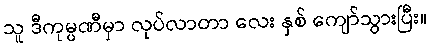
သူ ဒီကုမ္ပဏီမှာ လုပ်လာတာ လေး နှစ် ကျော်သွားပြီး။